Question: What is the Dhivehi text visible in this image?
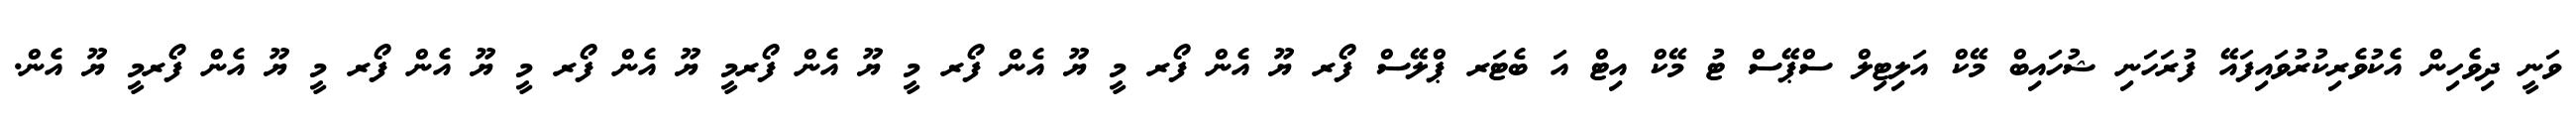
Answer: ވަނީ ދިވެހިން އެކުވެރިކުރުވައިފައޭ ފުރަހަނި ޝުހައިބް މޭކް އަލިޓިލް ސްޕޭސް ޓު މޭކް އިޓް އަ ބެޓަރ ޕްލޭސް ފޯރ ޔޫ އެން ފޯރ މީ ޔޫ އެން ފޯރ މީ ޔޫ އެން ފޯރމީ ޔޫ އެން ފޯރ މީ ޔޫ އެން ފޯރ މީ ޔޫ އެން ފޯރމީ ޔޫ އެން.